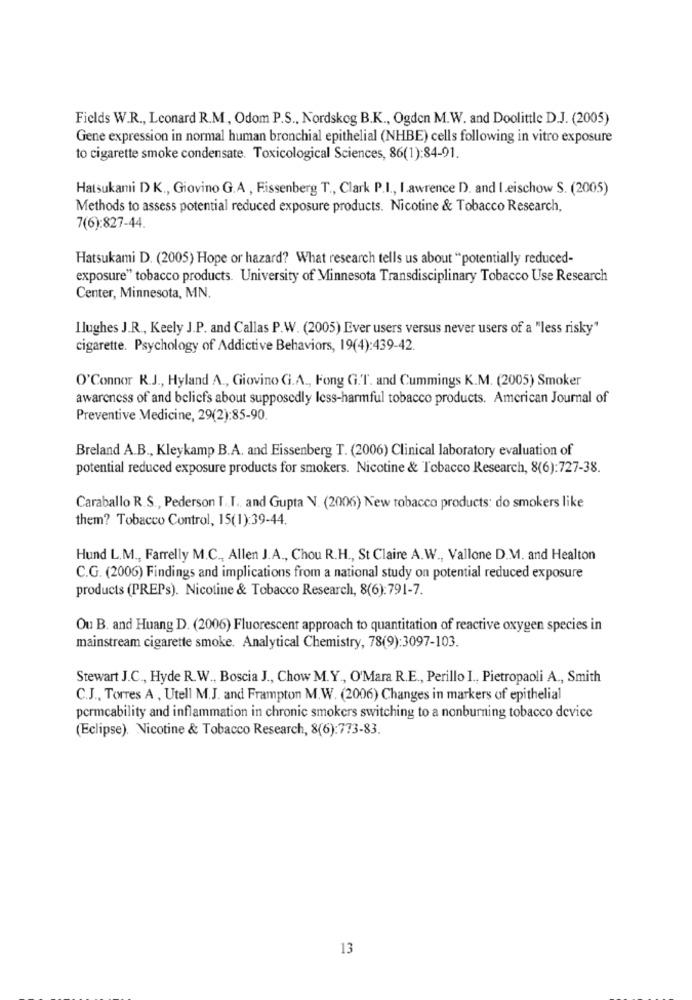
Fields W.R ., Leonard R.M, Odom P.S ., Nordskog B.K ., Ogden M.W. and Doolittle D.J. (2005)
Gene expression in normal human bronchial epithelial (NHBE) cells following in vitro exposure
to cigarette smoke condensate. Toxicological Sciences, 86(1):84-91.
Hatsukami D K ., Giovino G.A , Fissenberg T ., Clark P.I ., lawrence D. and I.eischow S. (2005)
Methods to assess potential reduced exposure products. Nicotine & Tobacco Research,
7(6):827-44.
Hatsukami D. (2005) Hope or hazard? What research tells us about "potentially reduced-
exposure" tobacco products. University of Minnesota Transdisciplinary Tobacco Use Research
Center, Minnesota, MN.
Ilughes J.R ., Keely J.P. and Callas P.W. (2005) Ever users versus never users of a "less risky"
cigarette. Psychology of Addictive Behaviors, 19(4):439-42.
O'Connor R.J ., Hyland A ., Giovino Gi.A ., Fong G.T. and Cummings K.M. (2005) Smoker
awareness of and beliefs about supposedly less-harmful tobacco products. American Journal of
Preventive Medicine, 29(2):85-90.
Breland A.B ., Kleykamp B.A. and Eissenberg T. (2006) Clinical laboratory evaluation of
potential reduced exposure products for smokers. Nicotine & Tobacco Research, 8(6):727-38.
Caraballo R.S ., Pederson T .. I. and Gupta V. (2006) New tobacco products: do smokers like
them? Tobacco Control, 15(1):39-44.
Hund L.M ., Farrelly M.C ., Allen J.A ., Chou R.H ., St Claire A.W ., Vallone D.M. and Healton
C.G. (2006) Findings and implications from a national study on potential reduced exposure
products (PREPs). Nicotine & Tobacco Research, 8(6):791-7.
Ou B. and Huang D. (2006) Fluorescent approach to quantitation of reactive oxygen species in
mainstream cigarette smoke. Analytical Chemistry, 78(9):3097-103.
Stewart J.C ., Hyde R.W ., Boscia J ., Chow M.Y ., O'Mara R.E ., Perillo I ., Pietropaoli A ., Smith
C.J ., Torres A , Utell M.J. and Frampton M.W. (2006) Changes in markers of epithelial
pormcability and inflammation in chronic smokers switching to a nonburning tobacco device
(Eclipse). Nicotine & Tobacco Research, 8(6):773-83.
13